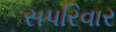
સપરિવાર